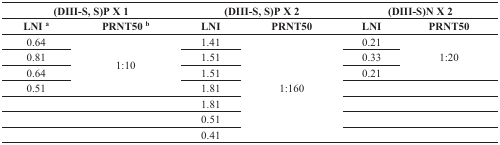
| <COLSPAN=2> (DIII-S, S)P X 1 | <COLSPAN=2> (DIII-S, S)P X 2 | <COLSPAN=2> (DIII-S)N X 2 |
 | LNI a | PRNT50 b | LNI | PRNT50 | LNI | PRNT50 |
 | --- | --- | --- | --- | --- | --- |
 | 0.64 | <ROWSPAN=4> 1:10 | 1.41 | <ROWSPAN=7> 1:160 | 0.21 | <ROWSPAN=3> 1:20 |
 | 0.81 | 1.51 | 0.33 |
 | 0.64 | 1.51 | 0.21 |
 | 0.51 | 1.81 |  |  |
 |  |  | 1.81 |  |  |
 |  |  | 0.51 |  |  |
 |  |  | 0.41 |  |  |